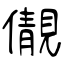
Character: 儬